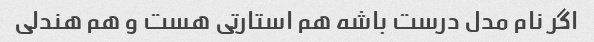
اگر نام مدل درست باشه هم استارتی هست و هم هندلی